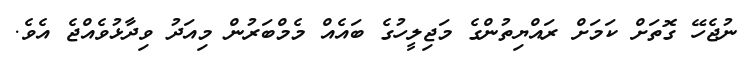
ނުޖެހޭ ގޮތަށް ކަމަށް ރައްޔިތުންގެ މަޖިލީހުގެ ބައެއް މެމްބަރުން މިއަދު ވިދާޅުވެއްޖެ އެވެ.